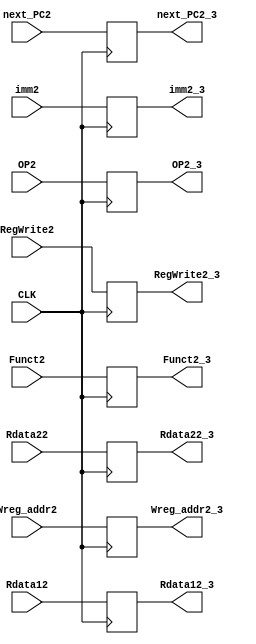
module Second_pipe(
  input CLK,
  input wire [4:0] Wreg_addr2,
  input wire [31:0] imm2,
  input wire [31:0] Rdata12,
  input wire [31:0] Rdata22,
  input wire [31:0] next_PC2,
  input wire [5:0] OP2,
  input wire [5:0] Funct2,
  input wire RegWrite2,

  output reg [31:0] next_PC2_3,
  output reg [5:0] OP2_3,
  output reg [5:0] Funct2_3,
  output reg [31:0] Rdata12_3,
  output reg [31:0] Rdata22_3,
  output reg [4:0] Wreg_addr2_3,
  output reg [31:0] imm2_3,
  output reg RegWrite2_3
);



always @(negedge CLK)
begin
  next_PC2_3 <= next_PC2;
  OP2_3 <= OP2;
  Funct2_3 <= Funct2;
  Rdata12_3 <= Rdata12;
  Rdata22_3 <= Rdata22;
  Wreg_addr2_3 <= Wreg_addr2;
  imm2_3 <= imm2;
  RegWrite2_3 <= RegWrite2;
end

endmodule